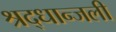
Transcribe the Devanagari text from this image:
श्रद्धान्जली